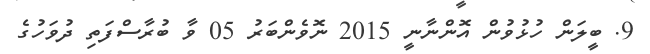
9. ބީލަން ހުޅުވުން އޮންނާނީ 2015 ނޮވެންބަރު 05 ވާ ބުރާސްފަތި ދުވަހުގެ